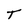
Character: T